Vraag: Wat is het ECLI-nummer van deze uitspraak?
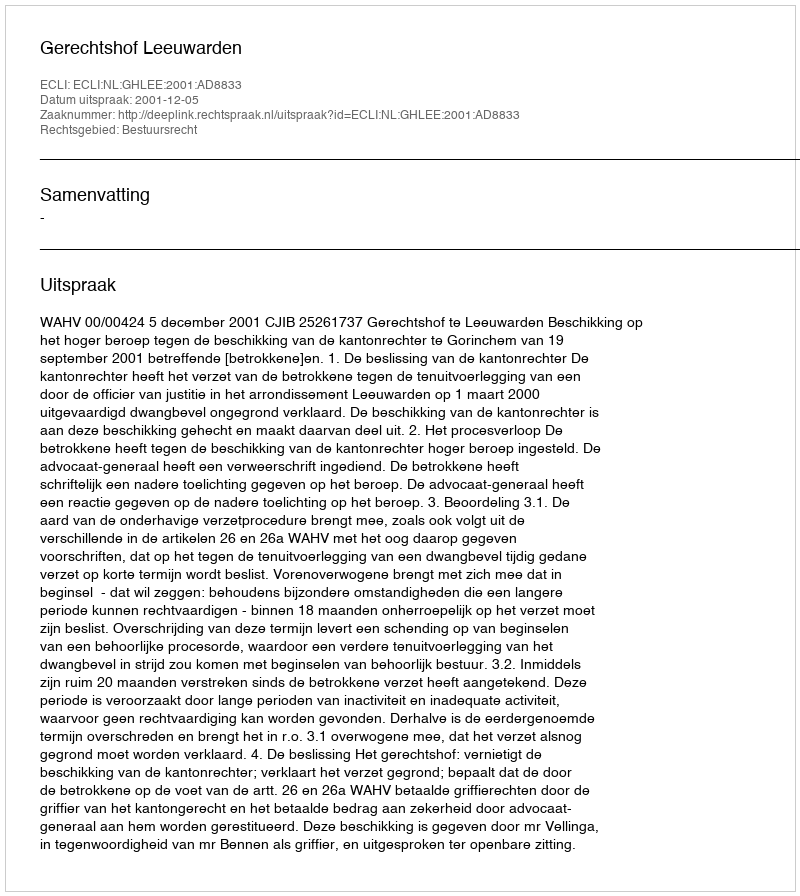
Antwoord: ECLI:NL:GHLEE:2001:AD8833